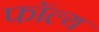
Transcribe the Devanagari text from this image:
फॉल्य